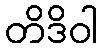
တိဒိဝါ